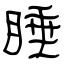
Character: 睡